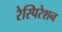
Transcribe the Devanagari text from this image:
रेस्पिरेशन